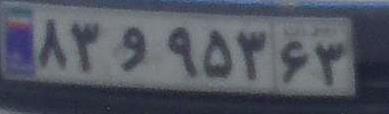
۸۳و۹۵۳۶۳